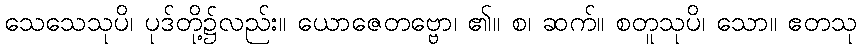
သေသေသုပိ၊ ပုဒ်တို့၌လည်း။ ယောဇေတဗ္ဗော၊ ၏။ စ၊ ဆက်။ စတူသုပိ၊ သော။ ဧတသု